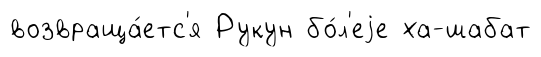
возвраща́етс'я Рукун бо́л'еjе ха-шабат